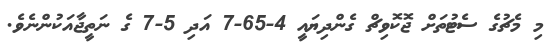
މި މެޗުގެ ސެޓުތަށް ޖޮކޮވިޗް ގެންދިޔައީ 4-65-7 އަދި 5-7 ގެ ނަތީޖާއަކުންނެވެ.